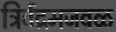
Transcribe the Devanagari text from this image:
त्रिवेंद्रमजवळ